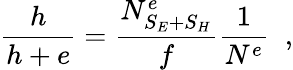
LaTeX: \frac{h}{h+e}=\frac{N_{S_{E}+S_{H}}^{e}}{f}\frac{1}{N^{e}}\; \; ,